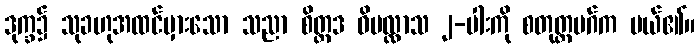
ဒုက္ခ၌ သုခဟုအထင်မှားသော သညာ စိတ္တဒ ဝိပလ္လာသ ၂-ပါးကို စတုတ္ထမဂ်က ပယ်၏။